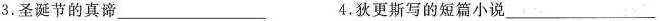
3.圣诞节的真谛___ 4.狄更斯写的短篇小说___